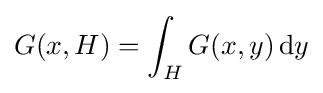
G(x,H)=\int _{H}G(x,y)\,\mathrm {d} y